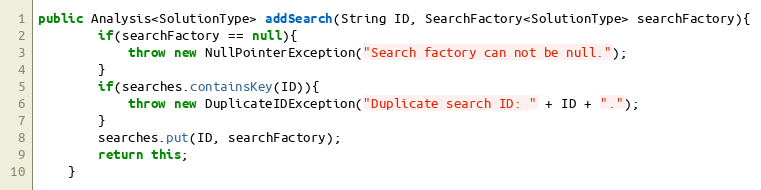
Language: Java
public Analysis<SolutionType> addSearch(String ID, SearchFactory<SolutionType> searchFactory){
        if(searchFactory == null){
            throw new NullPointerException("Search factory can not be null.");
        }
        if(searches.containsKey(ID)){
            throw new DuplicateIDException("Duplicate search ID: " + ID + ".");
        }
        searches.put(ID, searchFactory);
        return this;
    }